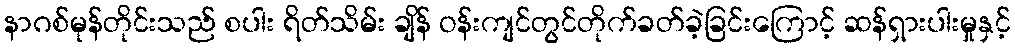
နာဂစ်မုန်တိုင်းသည် စပါး ရိတ်သိမ်း ချိန် ဝန်းကျင်တွင်တိုက်ခတ်ခဲ့ခြင်းကြောင့် ဆန်ရှားပါးမှုနှင့်